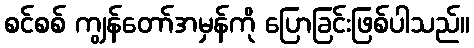
စင်စစ် ကျွန်တော်အမှန်ကို ပြောခြင်းဖြစ်ပါသည်။